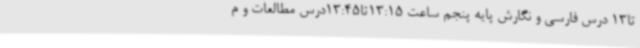
تا13 درس فارسی و نگارش پایه پنجم ساعت 13:15تا13:45درس مطالعات و م